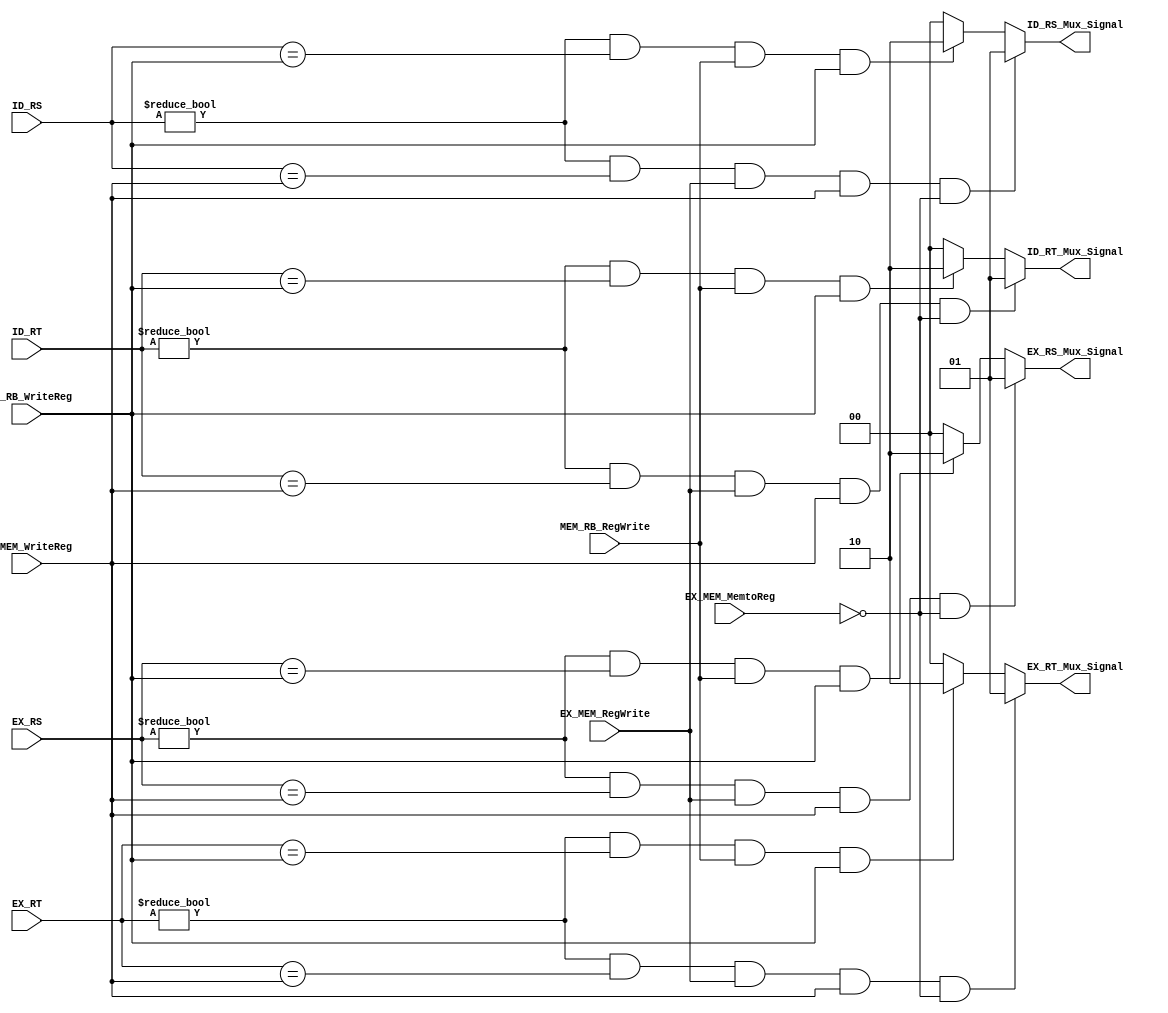
module Forwarding(ID_RS_Mux_Signal,ID_RT_Mux_Signal,EX_RS_Mux_Signal,EX_RT_Mux_Signal,
ID_RS,ID_RT,EX_RS,EX_RT,EX_MEM_RegWrite,EX_MEM_WriteReg,MEM_RB_RegWrite,MEM_RB_WriteReg,EX_MEM_MemtoReg);
input EX_MEM_RegWrite, MEM_RB_RegWrite, EX_MEM_MemtoReg;
input [4:0] EX_MEM_WriteReg,MEM_RB_WriteReg,ID_RS,ID_RT,EX_RS,EX_RT;
output reg [1:0] ID_RS_Mux_Signal, ID_RT_Mux_Signal, EX_RS_Mux_Signal, EX_RT_Mux_Signal;

always @(EX_MEM_RegWrite, MEM_RB_RegWrite, ID_RS, ID_RT, EX_RS, EX_RT) begin

if(ID_RS!=5'b00000 && ID_RS == EX_MEM_WriteReg && EX_MEM_RegWrite && EX_MEM_WriteReg && ~(EX_MEM_MemtoReg)) ID_RS_Mux_Signal<=2'b01;
else if(ID_RS!=5'b00000 && ID_RS == MEM_RB_WriteReg && MEM_RB_RegWrite && MEM_RB_WriteReg) ID_RS_Mux_Signal<=2'b10;
else ID_RS_Mux_Signal<=2'b00;

if(ID_RT!=5'b00000 && ID_RT == EX_MEM_WriteReg && EX_MEM_RegWrite && EX_MEM_WriteReg && ~(EX_MEM_MemtoReg)) ID_RT_Mux_Signal<=2'b01;
else if(ID_RT!=5'b00000 && ID_RT == MEM_RB_WriteReg && MEM_RB_RegWrite && MEM_RB_WriteReg) ID_RT_Mux_Signal<=2'b10;
else ID_RT_Mux_Signal<=2'b00;

if(EX_RS!=5'b00000 && EX_RS == EX_MEM_WriteReg && EX_MEM_RegWrite && EX_MEM_WriteReg && ~(EX_MEM_MemtoReg)) EX_RS_Mux_Signal<=2'b01;
else if(EX_RS!=5'b00000 && EX_RS == MEM_RB_WriteReg && MEM_RB_RegWrite && MEM_RB_WriteReg) EX_RS_Mux_Signal<=2'b10;
else EX_RS_Mux_Signal<=2'b00;

if(EX_RT!=5'b00000 && EX_RT == EX_MEM_WriteReg && EX_MEM_RegWrite && EX_MEM_WriteReg && ~(EX_MEM_MemtoReg)) EX_RT_Mux_Signal<=2'b01;
else if(EX_RT!=5'b00000 && EX_RT == MEM_RB_WriteReg && MEM_RB_RegWrite && MEM_RB_WriteReg) EX_RT_Mux_Signal<=2'b10;
else EX_RT_Mux_Signal<=2'b00;
end
//ID_RS_Mux_Signal: 00 to get original; 01 to get EX_MEM_ALUOut; 10 to get MEM_RB_ResultW
//ID_RT_Mux_Signal: 00 to get original; 01 to get EX_MEM_ALUOut; 10 to get MEM_RB_ResultW
//EX_RS_Mux_Signal: 00 to get original; 01 to get EX_MEM_ALUOut; 10 to get MEM_RB_ResultW
//EX_RT_Mux_Signal: 00 to get original; 01 to get EX_MEM_ALUOut; 10 to get MEM_RB_ResultW
endmodule